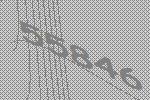
55846